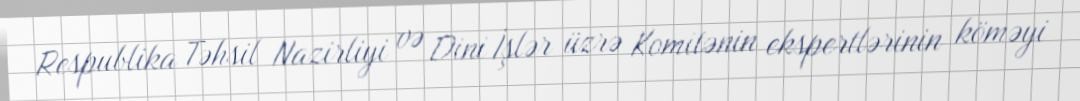
Respublika Təhsil Nazirliyi və Dini İşlər üzrə Komitənin ekspertlərinin köməyi